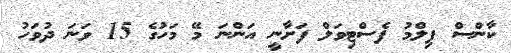
ކާންސް ފިލްމު ފެސްޓިވަލް ފަށާނީ އަންނަ މޭ މަހުގެ 15 ވަނަ ދުވަހު